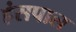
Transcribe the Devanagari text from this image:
हंसपाल